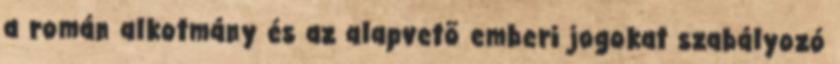
a román alkotmány és az alapvetõ emberi jogokat szabályozó